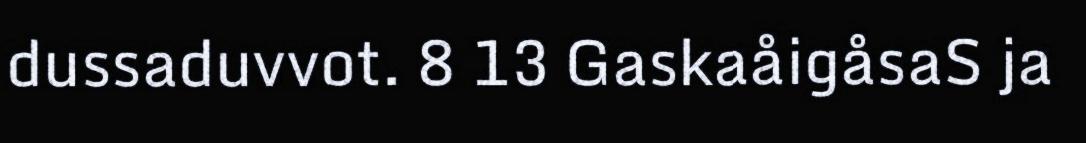
dussaduvvot. 8 13 GaskaåigåsaS ja